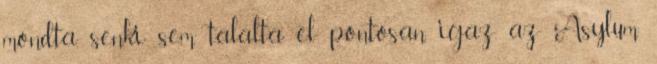
mondta, senki sem talalta el pontosan igaz, az Asylum